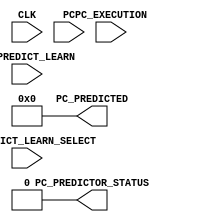
module BRANCH_PREDICTOR #(
        parameter   ADDRESS_WIDTH       = 32                                ,
        
        parameter HIGH                  = 1'b1                              ,
        parameter LOW                   = 1'b0
    ) (
        input                               CLK                             ,
        input   [ADDRESS_WIDTH - 1  : 0]    PC                              ,
        input   [ADDRESS_WIDTH - 1  : 0]    PC_EXECUTION                    ,
        input   [ADDRESS_WIDTH - 1  : 0]    PC_PREDICT_LEARN                ,
        input                               PC_PREDICT_LEARN_SELECT         ,
        output  [ADDRESS_WIDTH - 1  : 0]    PC_PREDICTED                    ,
        output                              PC_PREDICTOR_STATUS                   
    );
    
    reg     [ADDRESS_WIDTH - 1  : 0]    pc_predicted_reg                    ;
    reg                                 pc_predictor_status_reg             ;
            
    initial
    begin
        pc_predicted_reg            = 32'b0         ;
        pc_predictor_status_reg     = LOW           ;
    end
    
    always@(*)
    begin
    end
    
    always@(CLK)
    begin
    end
    
    assign PC_PREDICTED             = pc_predicted_reg          ;
    assign PC_PREDICTOR_STATUS      = pc_predictor_status_reg   ;      
    
endmodule